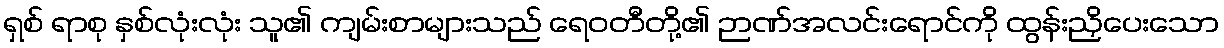
ရှစ် ရာစု နှစ်လုံးလုံး သူ၏ ကျမ်းစာများသည် ရေဝတီတို့၏ ဉာဏ်အလင်းရောင်ကို ထွန်းညှိပေးသော